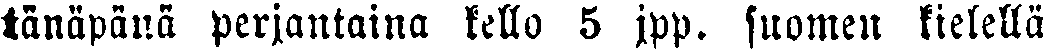
tänäpänä perjantaina kello 5 jpp. suomen kielellä